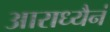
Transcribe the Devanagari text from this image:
आराध्यैनं